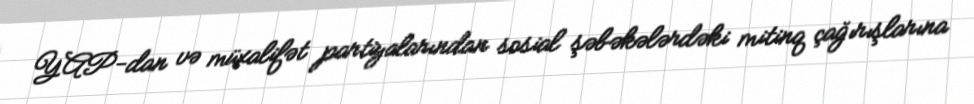
YAP-dan və müxalifət partiyalarından sosial şəbəkələrdəki mitinq çağırışlarına